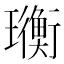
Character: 𤫄